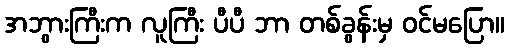
အဘွားကြီးက လူကြီး ပီပီ ဘာ တစ်ခွန်းမှ ဝင်မပြော။